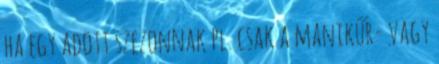
ha egy adott szezonnak pl. csak a manikűr- vagy